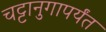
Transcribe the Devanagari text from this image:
चट्टानुगापर्यंत